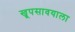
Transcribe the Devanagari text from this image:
खूपसावयाला